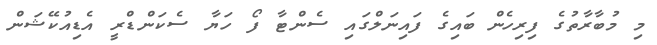
މި މުބާރާތުގެ ފިރިހެން ބައިގެ ފައިނަލްގައި ސެންޓާ ފޯ ހަޔާ ސެކަންޑްރީ އެޑިއުކޭޝަން